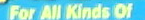
For All Kinds Of